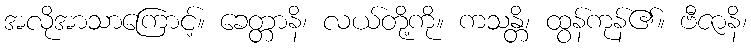
အလိုအာသာကြောင့်။ ခေတ္တာနိ၊ လယ်တို့ကို။ ကသန္တိ၊ ထွန်ကုန်၏။ ဗီဇာနိ၊